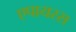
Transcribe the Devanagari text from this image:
एपायरस